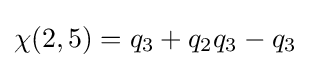
\chi (2,5)=q_{3}+q_{2}q_{3}-q_{3}